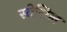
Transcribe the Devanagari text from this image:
सीसिल